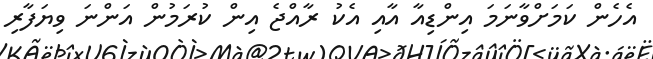
އެހެން ކަމަށްވާނަމަ އިންޑިއާ އާއި އެކު ރާއްޖެ އިން ކުރަމުން އަންނަ ވިޔަފާރި